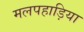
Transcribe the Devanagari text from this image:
मलपहाड़िया